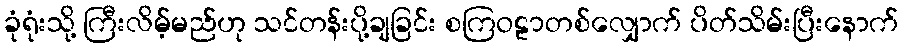
ခုံရုံးသို့ ကြီးလိမ့်မည်ဟု သင်တန်းပို့ချခြင်း စကြဝဠာတစ်လျှောက် ပိတ်သိမ်းပြီးနောက်